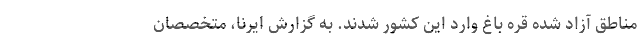
مناطق آزاد شده قره باغ وارد این کشور شدند. به گزارش ایرنا، متخصصان